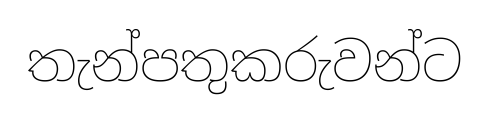
තැන්පතුකරුවන්ට